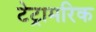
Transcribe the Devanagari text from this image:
टेट्रामरिक